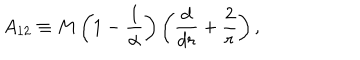
A _ { 1 2 } \equiv M \left( 1 - { \frac { 1 } { \alpha } } \right) \left( { \frac { d } { d r } } + { \frac { 2 } { r } } \right) ,